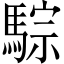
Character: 騌